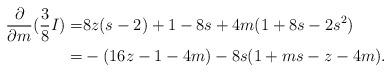
LaTeX: \begin{align*}\frac{\partial}{\partial m}(\frac 38 I)=& 8z(s-2) +1-8s+4m(1+8s-2s^2) \\=& -(16z-1-4m) -8s(1+ms-z-4m).\end{align*}